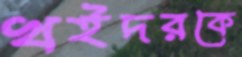
খইদরকে